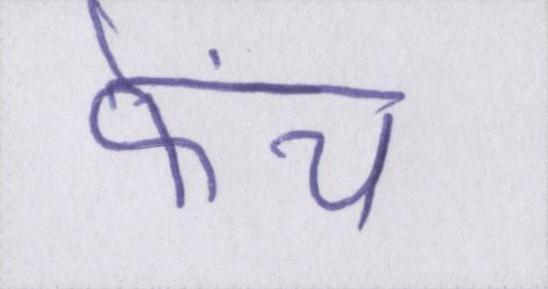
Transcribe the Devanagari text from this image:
फ्रेंच